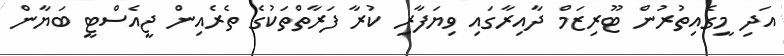
އަދި މީގެއިތުރުން ޓޫރިޒަމް ދާއިރާގައި ވިޔަފާރި ކުރާ ފަރާތްތަކުގެ ތެރެއިން ޖީއެސްޓީ ބަޔާން